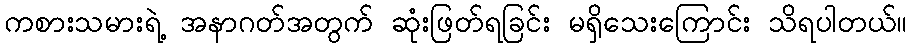
ကစားသမားရဲ့ အနာဂတ်အတွက် ဆုံးဖြတ်ရခြင်း မရှိသေးကြောင်း သိရပါတယ်။